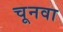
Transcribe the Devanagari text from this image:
चूनवा